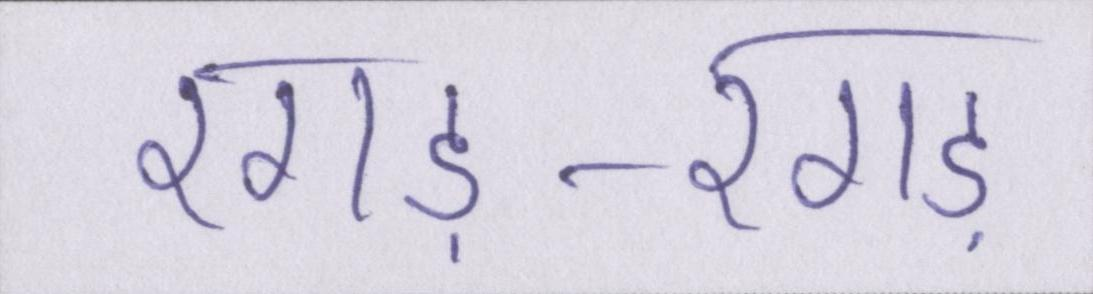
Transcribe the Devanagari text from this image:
रगड़-रगड़